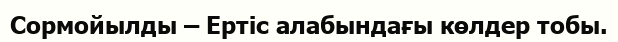
Сормойылды – Ертіс алабындағы көлдер тобы.